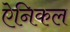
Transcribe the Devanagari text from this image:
ऐनिकल